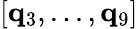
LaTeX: [\mathbf{q}_{3},...,\mathbf{q}_{9}]